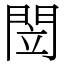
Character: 閚